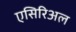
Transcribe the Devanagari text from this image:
एसिरिअल